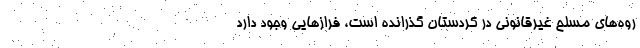
روه‌های مسلح غیرقانونی در کردستان گذرانده است، فرازهایی وجود دارد